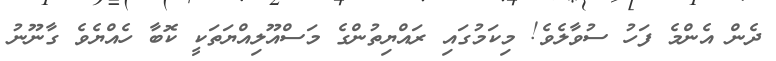
ދެން އެންމެ ފަހު ސުވާލެވެ! މިކަމުގައި ރައްޔިތުންގެ މަސްއޫލިއްޔަތަކީ ކޮބާ ހެއްޔެވެ ގާނޫނު